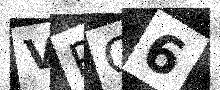
Text: VPQ6